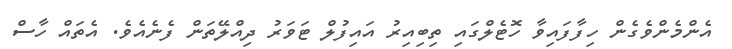
އެންމެންވެގެން ހިފާފައިވާ ހޮޓެލްގައި ތިބިއިރު އައިފުލް ޓަވަރު ދިއްލޭތަން ފެނެއެވެ. އެތައް ހާސް